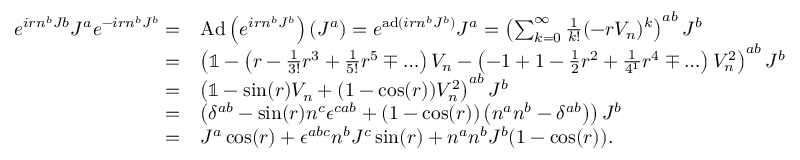
\begin{array} { r l } { e ^ { i r n ^ { b } J b } J ^ { a } e ^ { - i r n ^ { b } J ^ { b } } = } & { \operatorname { A d } \left( e ^ { i r n ^ { b } J ^ { b } } \right) ( J ^ { a } ) = e ^ { \operatorname { a d } ( i r n ^ { b } J ^ { b } ) } J ^ { a } = \left( \sum _ { k = 0 } ^ { \infty } \frac { 1 } { k ! } ( - r V _ { n } ) ^ { k } \right) ^ { a b } J ^ { b } } \\ { = } & { \left( \mathbb { 1 } - \left( r - \frac { 1 } { 3 ! } r ^ { 3 } + \frac { 1 } { 5 ! } r ^ { 5 } \mp \ldots \right) V _ { n } - \left( - 1 + 1 - \frac { 1 } { 2 } r ^ { 2 } + \frac { 1 } { 4 ^ { 1 } } r ^ { 4 } \mp \ldots \right) V _ { n } ^ { 2 } \right) ^ { a b } J ^ { b } } \\ { = } & { \left( \mathbb { 1 } - \sin ( r ) V _ { n } + ( 1 - \cos ( r ) ) V _ { n } ^ { 2 } \right) ^ { a b } J ^ { b } } \\ { = } & { \left( \delta ^ { a b } - \sin ( r ) n ^ { c } \epsilon ^ { c a b } + ( 1 - \cos ( r ) ) \left( n ^ { a } n ^ { b } - \delta ^ { a b } \right) \right) J ^ { b } } \\ { = } & { J ^ { a } \cos ( r ) + \epsilon ^ { a b c } n ^ { b } J ^ { c } \sin ( r ) + n ^ { a } n ^ { b } J ^ { b } ( 1 - \cos ( r ) ) . } \end{array}